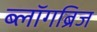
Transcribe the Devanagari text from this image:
ब्लॉगब्रिज